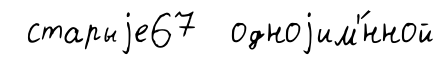
старыjе67 одноjим'́нной